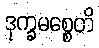
ဒုက္ခမစ္စေတိ